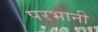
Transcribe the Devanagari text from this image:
परभानी